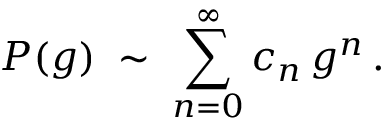
{ \cal P } ( g ) \; \sim \; \sum _ { n = 0 } ^ { \infty } c _ { n } \, g ^ { n } \, .